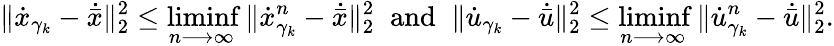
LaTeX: \| \dot{x}_{\gamma_{k}}-\dot{\bar{x}}\| _{2}^{2}\leq\operatorname*{liminf}_{n\longrightarrow\infty}\| \dot{x}_{\gamma_{k}}^{n}-\dot{\bar{x}}\| _{2}^{2}\; \; \mathrm{and}\; \; \| \dot{u}_{\gamma_{k}}-\dot{\bar{u}}\| _{2}^{2}\leq\operatorname*{liminf}_{n\longrightarrow\infty}\| \dot{u}_{\gamma_{k}}^{n}-\dot{\bar{u}}\| _{2}^{2}.